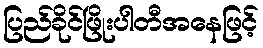
ပြည်ခိုင်ဖြိုးပါတီအနေဖြင့်